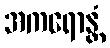
အကရောန္တံ